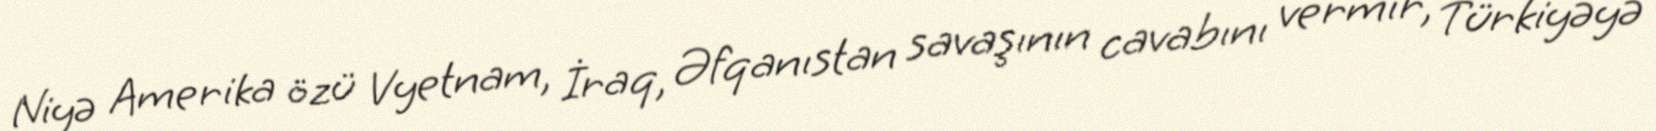
Niyə Amerika özü Vyetnam, İraq, Əfqanıstan savaşının cavabını vermir, Türkiyəyə